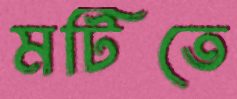
মটিতে